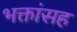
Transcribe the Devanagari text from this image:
भक्तांसह